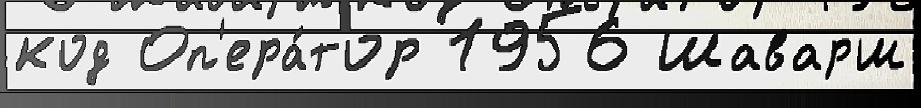
код Оп'ера́тор 1956 Шаварш